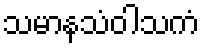
သမာနသံဝါသကံ